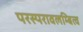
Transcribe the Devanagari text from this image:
परस्परावलम्बित्व